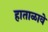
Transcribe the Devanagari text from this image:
हाताळावे